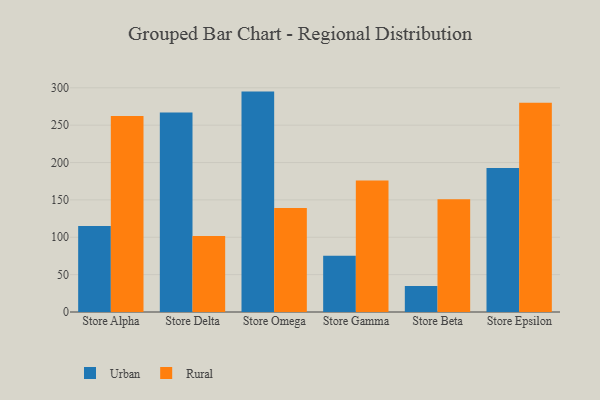
{"axis": {"x": "Store", "y": "Active Users"}, "legend": ["Rural", "Urban"], "data": [{"x": "Store Alpha", "y": 115.2, "type": "Urban"}, {"x": "Store Alpha", "y": 262.4, "type": "Rural"}, {"x": "Store Delta", "y": 266.8, "type": "Urban"}, {"x": "Store Delta", "y": 101.8, "type": "Rural"}, {"x": "Store Omega", "y": 294.9, "type": "Urban"}, {"x": "Store Omega", "y": 139.3, "type": "Rural"}, {"x": "Store Gamma", "y": 75.2, "type": "Urban"}, {"x": "Store Gamma", "y": 175.9, "type": "Rural"}, {"x": "Store Beta", "y": 34.7, "type": "Urban"}, {"x": "Store Beta", "y": 150.7, "type": "Rural"}, {"x": "Store Epsilon", "y": 192.8, "type": "Urban"}, {"x": "Store Epsilon", "y": 280.0, "type": "Rural"}]}